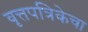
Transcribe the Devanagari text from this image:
वृत्तपत्रिकेचा